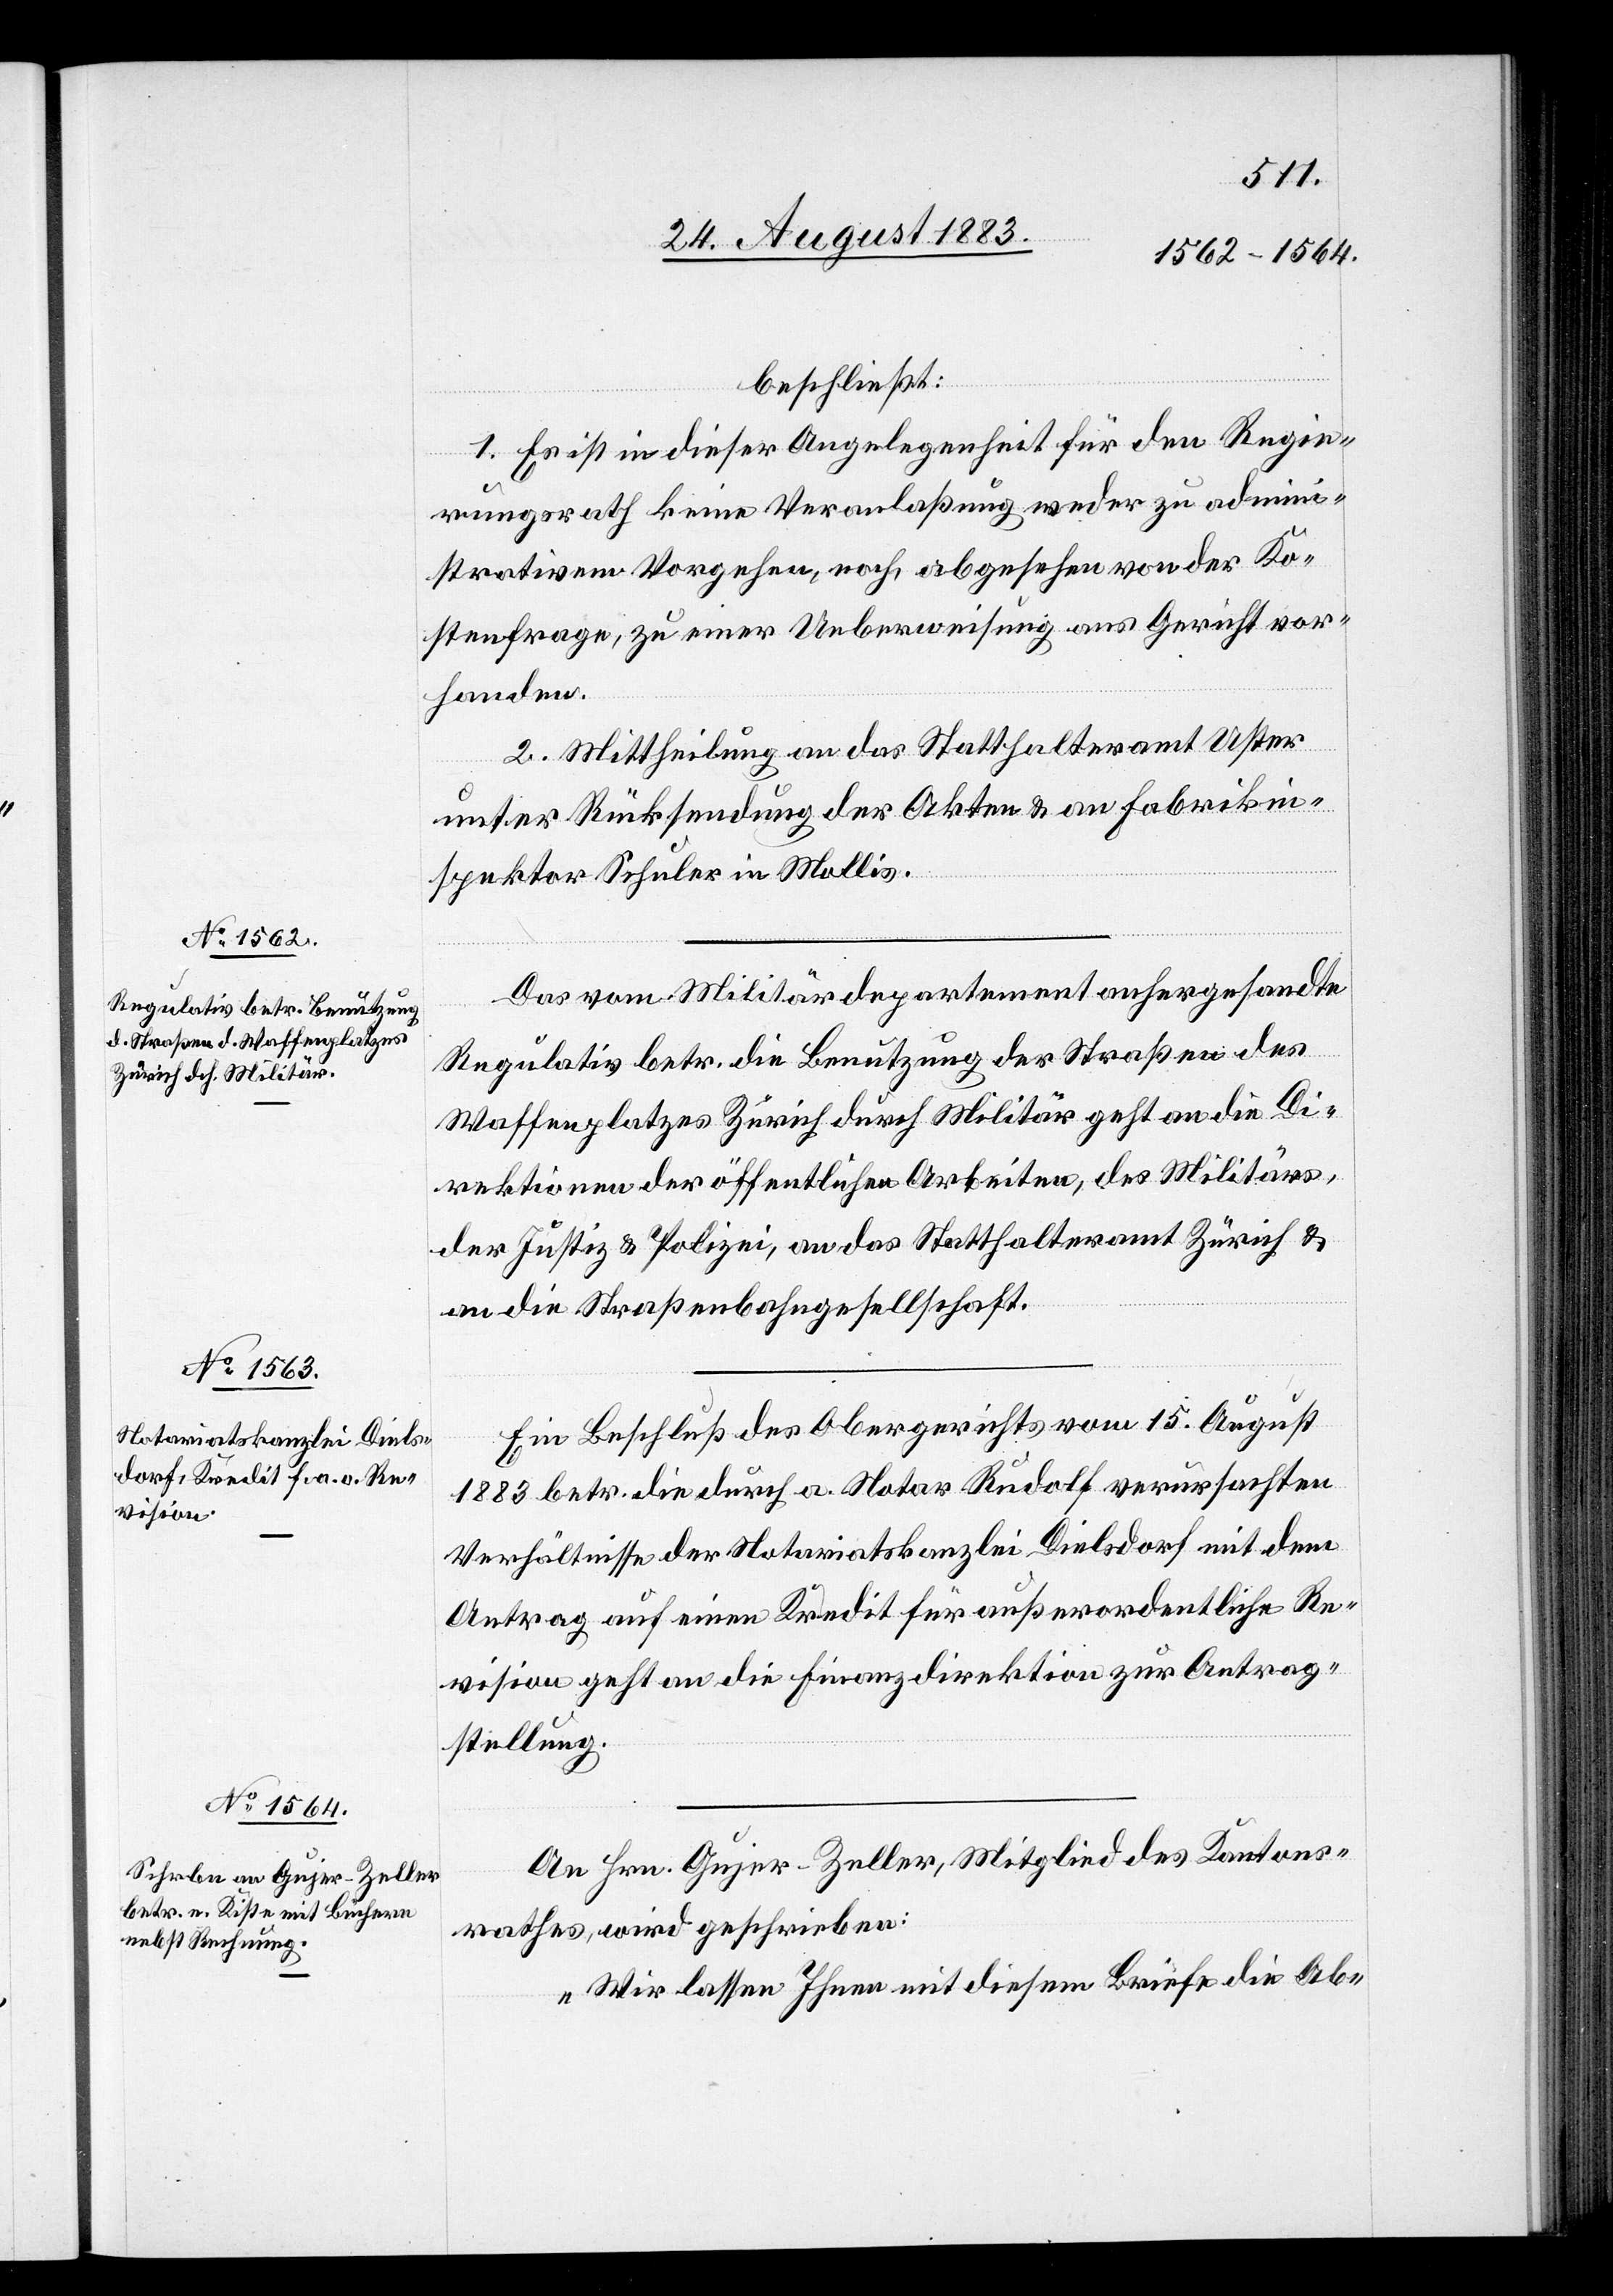
beschließt:
1. Es ist in dieser Angelegenheit für den Regie¬
rungsrath keine Veranlaßung weder zu admini¬
strativem Vorgehen, noch, abgesehen von der Ko¬
stenfrage, zu einer Ueberweisung ans Gericht vor¬
handen.
2. Mittheilung an das Statthalteramt Uster
unter Rücksendung der Akten & an Fabrikin¬
spektor Schuler in Mollis.
Das vom Militärdepartement anhergesandte
Regulativ betr. die Benutzung der Straßen des
Waffenplatzes Zürich durch Militär geht an die Di¬
rektionen der öffentlichen Arbeiten, des Militärs,
der Justiz & Polizei, an das Statthalteramt Zürich &
an die Straßenbahngesellschaft.
Ein Beschluß des Obergerichtes vom 15. August
1883 betr. die durch a. Notar Rudolf verursachten
Verhältnisse der Notariatskanzlei Dielsdorf mit dem
Antrag auf einen Kredit für außerordentliche Re¬
vision geht an die Finanzdirektion zur Antrag¬
stellung.
An Hrn. Gujer-Zeller, Mitglied des Kantons¬
rathes, wird geschrieben:
„Wir lassen Ihnen mit diesem Briefe die Ab-